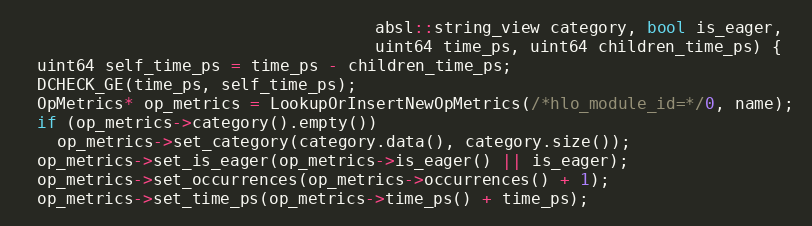
Language: C++
                                     absl::string_view category, bool is_eager,
                                     uint64 time_ps, uint64 children_time_ps) {
  uint64 self_time_ps = time_ps - children_time_ps;
  DCHECK_GE(time_ps, self_time_ps);
  OpMetrics* op_metrics = LookupOrInsertNewOpMetrics(/*hlo_module_id=*/0, name);
  if (op_metrics->category().empty())
    op_metrics->set_category(category.data(), category.size());
  op_metrics->set_is_eager(op_metrics->is_eager() || is_eager);
  op_metrics->set_occurrences(op_metrics->occurrences() + 1);
  op_metrics->set_time_ps(op_metrics->time_ps() + time_ps);